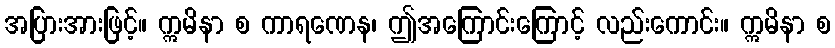
အပြားအားဖြင့်။ ဣမိနာ စ ကာရဏေန၊ ဤအကြောင်းကြောင့် လည်းကောင်း။ ဣမိနာ စ